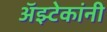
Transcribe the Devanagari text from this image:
अॅझ्टेकांनी